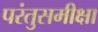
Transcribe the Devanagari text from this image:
परंतुसमीक्षा